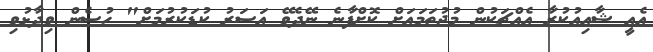
އެއީ ޝާއިއުކުރާ އެއްޗަކުން މުޖުތަމައަށް ކޮށްފާނެ ނޭދެވޭ އަސަރު ކުޑަކުރުމަށް" ހުސެން ވިދާޅުވި